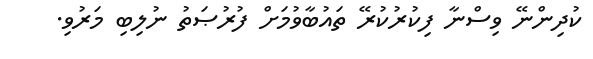
ކުދިންނޭ ވިސްނާ ފިކުރުކުރޭ ތައުބާވުމަށް ފުރުޞަތު ނުލިބި މަރުވި.